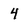
Character: 4